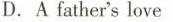
D. A father's love